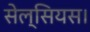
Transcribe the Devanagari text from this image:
सेल्सियस।